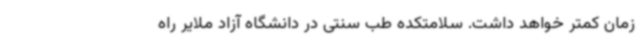
زمان کمتر خواهد داشت. سلامتکده طب سنتی در دانشگاه آزاد ملایر راه‌